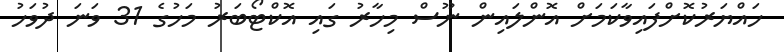
ހައްޔަރުކޮށްފައިވާކަމަށް އޮންލައިން ނޫސް މިހާރު ގައި އޮކްޓޯބަރު މަހުގެ 31 ވަނަ ދުވަހު